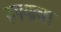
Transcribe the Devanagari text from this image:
रुपयावर